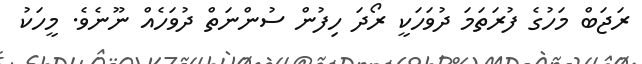
ރަޖަބް މަހުގެ ފުރަތަމަ ދުވަހަކީ ރޯދަ ހިފުން ސުންނަތް ދުވަހެއް ނޫނެވެ. މީހަކު